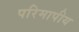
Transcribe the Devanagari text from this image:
परिमापीय